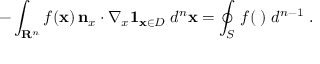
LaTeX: - \int _ { \mathbf { R } ^ { n } } f ( \mathbf { x } ) \, \mathbf { n } _ { x } \cdot \nabla _ { x } \mathbf { 1 } _ { \mathbf { x } \in D } \; d ^ { n } \mathbf { x } = \oint _ { S } \, f ( \mathbf { \beta } ) \; d ^ { n - 1 } \mathbf { \beta } .